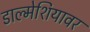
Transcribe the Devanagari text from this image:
डाल्मेशियावर